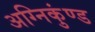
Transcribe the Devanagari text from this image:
अग्निकुंण्ड